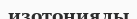
изотониялы